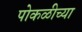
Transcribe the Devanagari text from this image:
पोकळीच्‍या